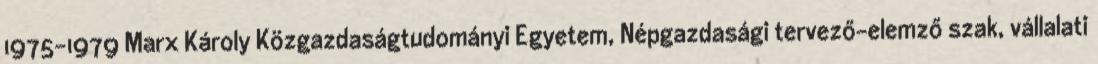
1975-1979 Marx Károly Közgazdaságtudományi Egyetem, Népgazdasági tervező-elemző szak, vállalati